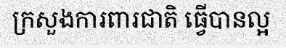
ក្រសួងការពារជាតិ ធ្វើបានល្អ